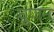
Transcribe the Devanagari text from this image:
घूणन